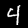
Digit: 4